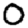
Digit: 0